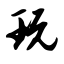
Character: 玩